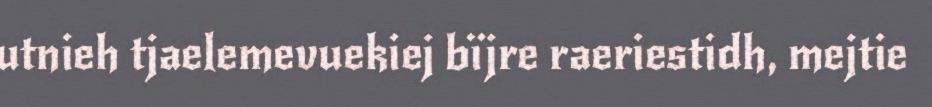
utnieh tjaelemevuekiej bïjre raeriestidh, mejtie